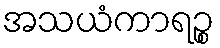
အသယံကာရဉ္စ